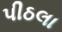
પીઠલા